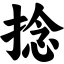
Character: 捻